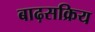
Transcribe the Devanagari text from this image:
बाढ़सक्रिय